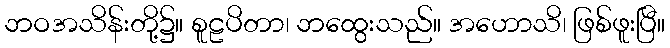
ဘဝအသိန်းတို့၌။ စူဠပိတာ၊ ဘထွေးသည်။ အဟောသိ၊ ဖြစ်ဖူးပြီ။